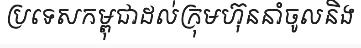
ប្រទេសកម្ពុជាដល់ក្រុមហ៊ុននាំចូលនិង